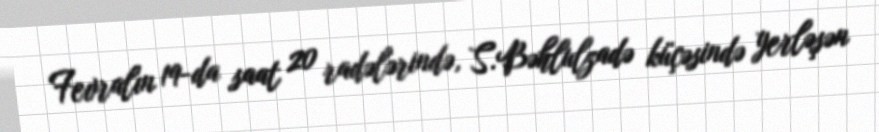
Fevralın 19-da saat 20 radələrində, S.Bəhlulzadə küçəsində yerləşən